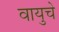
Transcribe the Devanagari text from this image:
वायुचे